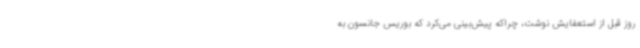
روز قبل از استعفایش نوشت، چراکه پیش‌بینی می‌کرد که بوریس جانسون به